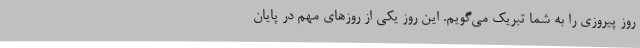
روز پیروزی را به شما تبریک می‌گویم. این روز یکی از روزهای مهم در پایان